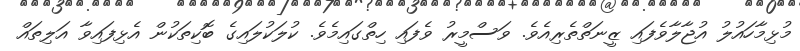
މުޅިމާހައުލުު އުޖާލާވެފައި ޒީނަތްތެރިއެވެ. ވަސްމީރު ވެފައި ހިތްގައިމެެވެ. ކުލަކުލައިގެ ބޮކިތަކުން އެޅިފައިވާ އަލިތައް